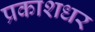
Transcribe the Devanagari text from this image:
प्रकाशधर